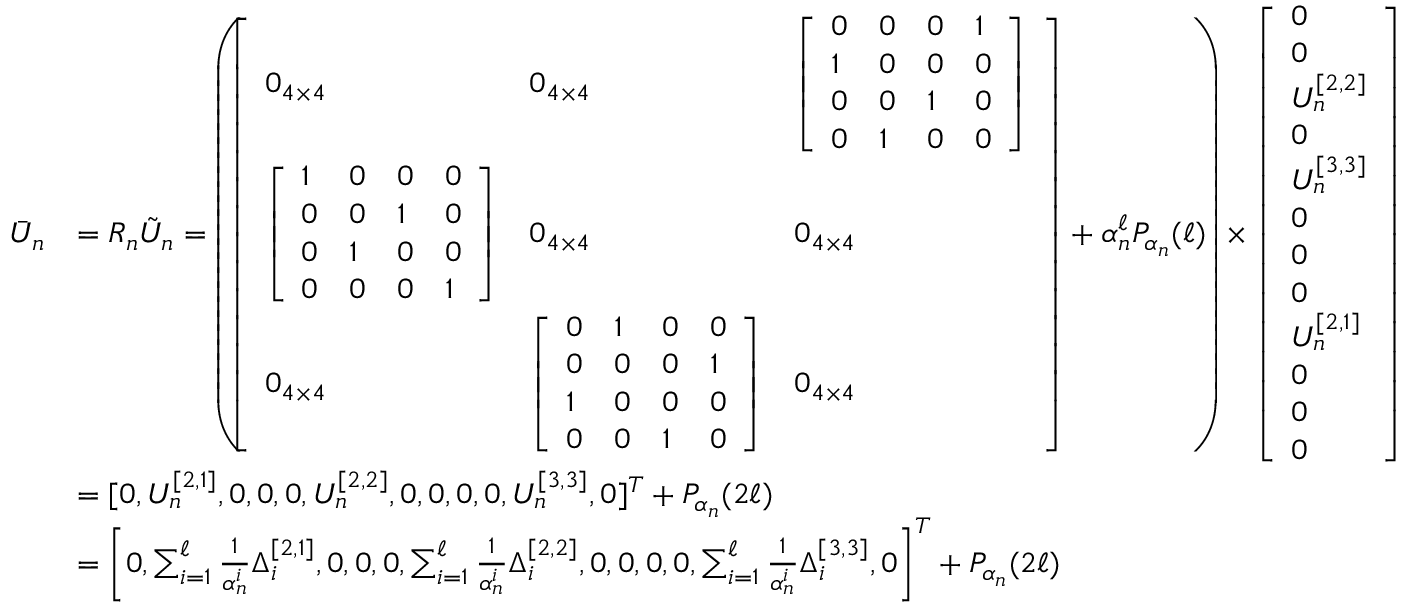
\begin{array} { r l } { \bar { U } _ { n } } & { = R _ { n } \tilde { U } _ { n } = \left( \left[ \begin{array} { l l l } { 0 _ { 4 \times 4 } } & { 0 _ { 4 \times 4 } } & { \left[ \begin{array} { l l l l } { 0 } & { 0 } & { 0 } & { 1 } \\ { 1 } & { 0 } & { 0 } & { 0 } \\ { 0 } & { 0 } & { 1 } & { 0 } \\ { 0 } & { 1 } & { 0 } & { 0 } \end{array} \right] } \\ { \left[ \begin{array} { l l l l } { 1 } & { 0 } & { 0 } & { 0 } \\ { 0 } & { 0 } & { 1 } & { 0 } \\ { 0 } & { 1 } & { 0 } & { 0 } \\ { 0 } & { 0 } & { 0 } & { 1 } \end{array} \right] } & { 0 _ { 4 \times 4 } } & { 0 _ { 4 \times 4 } } \\ { 0 _ { 4 \times 4 } } & { \left[ \begin{array} { l l l l } { 0 } & { 1 } & { 0 } & { 0 } \\ { 0 } & { 0 } & { 0 } & { 1 } \\ { 1 } & { 0 } & { 0 } & { 0 } \\ { 0 } & { 0 } & { 1 } & { 0 } \end{array} \right] } & { 0 _ { 4 \times 4 } } \end{array} \right] + \alpha _ { n } ^ { \ell } P _ { \alpha _ { n } } ( \ell ) \right) \times \left[ \begin{array} { l } { 0 } \\ { 0 } \\ { U _ { n } ^ { [ 2 , 2 ] } } \\ { 0 } \\ { U _ { n } ^ { [ 3 , 3 ] } } \\ { 0 } \\ { 0 } \\ { 0 } \\ { U _ { n } ^ { [ 2 , 1 ] } } \\ { 0 } \\ { 0 } \\ { 0 } \end{array} \right] } \\ & { = [ 0 , U _ { n } ^ { [ 2 , 1 ] } , 0 , 0 , 0 , U _ { n } ^ { [ 2 , 2 ] } , 0 , 0 , 0 , 0 , U _ { n } ^ { [ 3 , 3 ] } , 0 ] ^ { T } + P _ { \alpha _ { n } } ( 2 \ell ) } \\ & { = \left[ 0 , \sum _ { i = 1 } ^ { \ell } \frac { 1 } { \alpha _ { n } ^ { i } } \Delta _ { i } ^ { [ 2 , 1 ] } , 0 , 0 , 0 , \sum _ { i = 1 } ^ { \ell } \frac { 1 } { \alpha _ { n } ^ { i } } \Delta _ { i } ^ { [ 2 , 2 ] } , 0 , 0 , 0 , 0 , \sum _ { i = 1 } ^ { \ell } \frac { 1 } { \alpha _ { n } ^ { i } } \Delta _ { i } ^ { [ 3 , 3 ] } , 0 \right] ^ { T } + P _ { \alpha _ { n } } ( 2 \ell ) } \end{array}